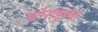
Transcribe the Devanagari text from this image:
सौराष्ट्राचा